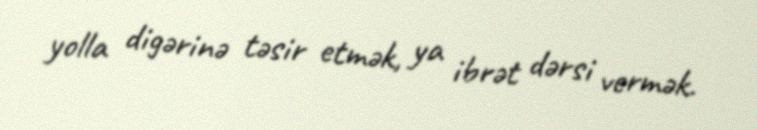
yolla digərinə təsir etmək, ya ibrət dərsi vermək.